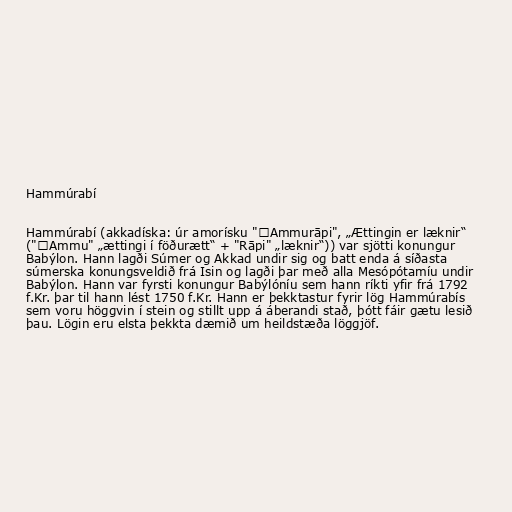
Hammúrabí

Hammúrabí (akkadíska: úr amorísku "ˤAmmurāpi", „Ættingin er læknir“
("ˤAmmu" „ættingi í föðurætt“ + "Rāpi" „læknir“)) var sjötti konungur
Babýlon. Hann lagði Súmer og Akkad undir sig og batt enda á síðasta
súmerska konungsveldið frá Isin og lagði þar með alla Mesópótamíu undir
Babýlon. Hann var fyrsti konungur Babýlóníu sem hann ríkti yfir frá 1792
f.Kr. þar til hann lést 1750 f.Kr. Hann er þekktastur fyrir lög Hammúrabís
sem voru höggvin í stein og stillt upp á áberandi stað, þótt fáir gætu lesið
þau. Lögin eru elsta þekkta dæmið um heildstæða löggjöf.